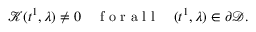
\mathcal { K } ( t ^ { 1 } , \lambda ) \neq 0 \quad \mathrm { ~ f ~ o ~ r ~ a ~ l ~ l ~ } \quad ( t ^ { 1 } , \lambda ) \in \partial \mathcal { D } .